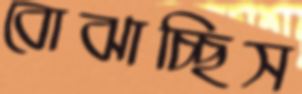
বোঝাচ্ছিস